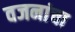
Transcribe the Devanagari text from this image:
वजनांचा